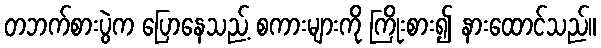
တဘက်စားပွဲက ပြောနေသည့် စကားများကို ကြိုးစား၍ နားထောင်သည်။